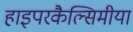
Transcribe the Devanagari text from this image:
हाइपरकैल्सिमीया